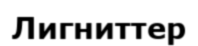
Лигниттер